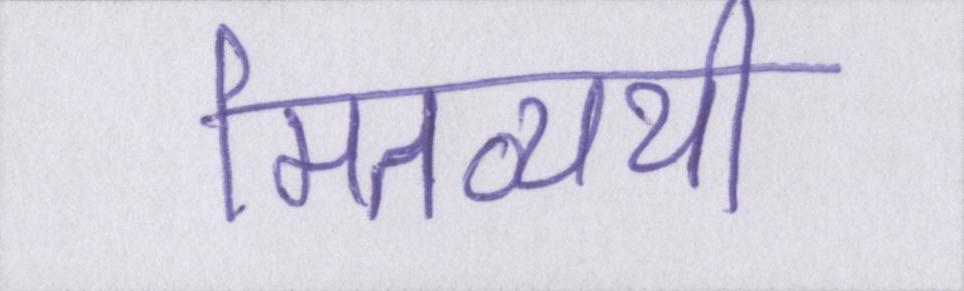
मितव्ययी